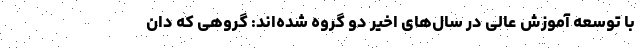
با توسعه آموزش عالی در سال‌های اخیر دو گروه شده‌اند: گروهی که دان